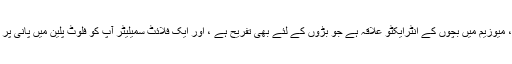
30 ڈسپلے طیاروں کے علاوہ ، میوزیم میں بچوں کے انٹرایکٹو علاقہ ہے جو بڑوں کے لئے بھی تفریح ​​ہے ، اور ایک فلائٹ سمیلیٹر آپ کو فلوٹ پلین میں پانی پر اترنے کا تجربہ فراہم کرتا ہے۔